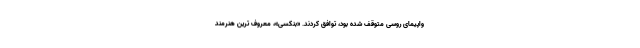
واپیمای روسی متوقف شده بود، توافق کردند. «بنکسی»، معروف ترین هنرمند